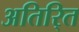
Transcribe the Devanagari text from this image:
अतिरि्‍त